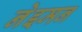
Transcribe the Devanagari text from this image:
नेइमन